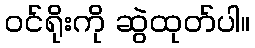
ဝင်ရိုးကို ဆွဲထုတ်ပါ။